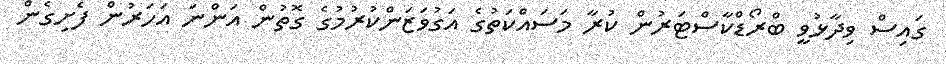
ގައިސް ވިދާޅުވީ ބްރޯޑްކާސްޓަރުން ކުރާ މަސައްކަތުގެ އަގުވަޒަންކުރުމުގެ ގޮތުން އަންނަ އަހަރުން ފެށިގެން